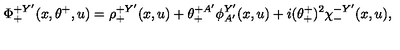
\Phi _ { + } ^ { + Y ^ { \prime } } ( x , \theta ^ { + } , u ) = \rho _ { + } ^ { + Y ^ { \prime } } ( x , u ) + \theta _ { + } ^ { + A ^ { \prime } } \phi _ { A ^ { \prime } } ^ { Y ^ { \prime } } ( x , u ) + i ( \theta _ { + } ^ { + } ) ^ { 2 } \chi _ { - } ^ { - Y ^ { \prime } } ( x , u ) ,